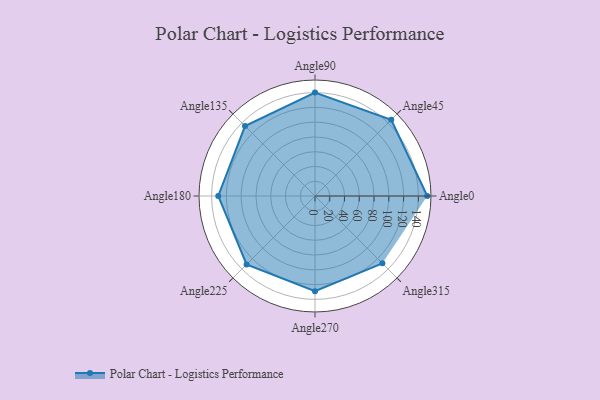
{"axis": {"x": "Angle", "y": "Radius"}, "legend": [""], "data": [{"x": "Angle0", "y": 152.0, "type": ""}, {"x": "Angle45", "y": 146.0, "type": ""}, {"x": "Angle90", "y": 140.0, "type": ""}, {"x": "Angle135", "y": 134.0, "type": ""}, {"x": "Angle180", "y": 131.0, "type": ""}, {"x": "Angle225", "y": 131.0, "type": ""}, {"x": "Angle270", "y": 129.0, "type": ""}, {"x": "Angle315", "y": 129.0, "type": ""}]}